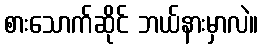
စားသောက်ဆိုင် ဘယ်နားမှာလဲ။